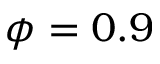
\phi = 0 . 9